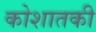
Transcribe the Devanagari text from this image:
कोशातकी